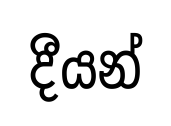
දීයන්